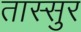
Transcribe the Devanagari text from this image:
तास्सुर